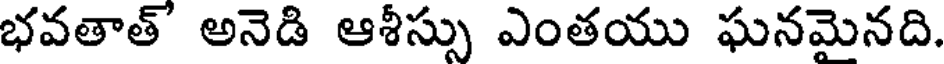
భవతాత్ అనెడి ఆశీస్సు ఎంతయు ఘనమెనది.